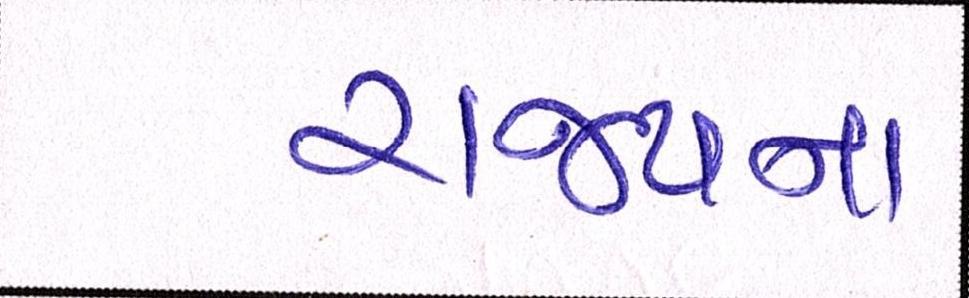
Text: રાજ્યના